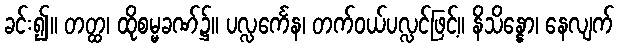
ခင်း၍။ တတ္ထ၊ ထိုစမ္မခဏ်၌။ ပလ္လင်္ကေန၊ တက်ဝယ်ပလ္လင်ဖြင့်။ နိသိန္နော၊ နေလျက်